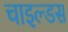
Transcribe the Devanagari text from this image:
चाइल्डस